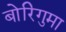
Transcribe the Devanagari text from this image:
बोरिगुमा